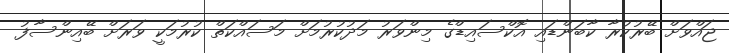
ޖައްވަށް ބޭރުކުރާ ކާބަންޑައި އޮކްސައިޑްގެ މިންވަރު މަދުކުރުމަށް މަސައްކަތް ކުރުމަކީ ވަރަށް ބޭއިންސާފު